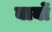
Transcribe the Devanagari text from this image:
बार्बो